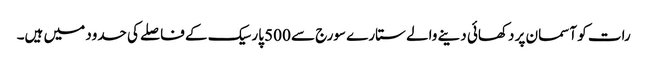
رات کو آسمان پر دکھائی دینے والے ستارے سورج سے 500 پارسیک کے فاصلے کی حدود میں ہیں۔